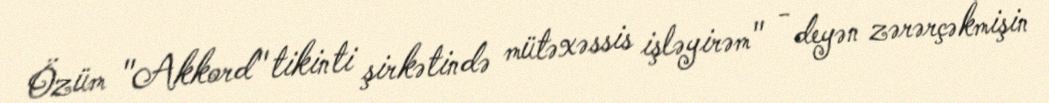
Özüm "Akkord" tikinti şirkətində mütəxəssis işləyirəm" - deyən zərərçəkmişin